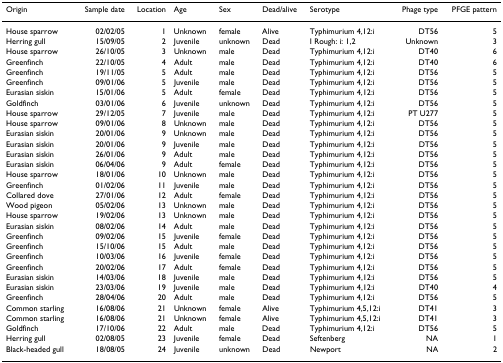
<table><thead><tr><td><b>Origin</b></td><td><b>Sample date</b></td><td><b>Location</b></td><td><b>Age</b></td><td><b>Sex</b></td><td><b>Dead/alive</b></td><td><b>Serotype</b></td><td><b>Phage type</b></td><td><b>PFGE pattern</b></td></tr></thead><tbody><tr><td>House sparrow</td><td>02/02/05</td><td>1</td><td>Unknown</td><td>female</td><td>Alive</td><td>Typhimurium 4,12:i</td><td>DT56</td><td>5</td></tr><tr><td>Herring gull</td><td>15/09/05</td><td>2</td><td>Juvenile</td><td>unknown</td><td>Dead</td><td>I Rough: i: 1,2</td><td>Unknown</td><td>3</td></tr><tr><td>House sparrow</td><td>26/10/05</td><td>3</td><td>Unknown</td><td>male</td><td>Dead</td><td>Typhimurium 4,12:i</td><td>DT40</td><td>6</td></tr><tr><td>Greenfinch</td><td>22/10/05</td><td>4</td><td>Adult</td><td>male</td><td>Dead</td><td>Typhimurium 4,12:i</td><td>DT40</td><td>6</td></tr><tr><td>Greenfinch</td><td>19/11/05</td><td>5</td><td>Adult</td><td>male</td><td>Dead</td><td>Typhimurium 4,12:i</td><td>DT56</td><td>5</td></tr><tr><td>Greenfinch</td><td>09/01/06</td><td>5</td><td>Juvenile</td><td>male</td><td>Dead</td><td>Typhimurium 4,12:i</td><td>DT56</td><td>5</td></tr><tr><td>Eurasian siskin</td><td>15/01/06</td><td>5</td><td>Adult</td><td>female</td><td>Dead</td><td>Typhimurium 4,12:i</td><td>DT56</td><td>5</td></tr><tr><td>Goldfinch</td><td>03/01/06</td><td>6</td><td>Juvenile</td><td>unknown</td><td>Dead</td><td>Typhimurium 4,12:i</td><td>DT56</td><td>5</td></tr><tr><td>House sparrow</td><td>29/12/05</td><td>7</td><td>Juvenile</td><td>male</td><td>Dead</td><td>Typhimurium 4,12:i</td><td>PT U277</td><td>5</td></tr><tr><td>House sparrow</td><td>09/01/06</td><td>8</td><td>Unknown</td><td>male</td><td>Dead</td><td>Typhimurium 4,12:i</td><td>DT56</td><td>5</td></tr><tr><td>Eurasian siskin</td><td>20/01/06</td><td>9</td><td>Unknown</td><td>male</td><td>Dead</td><td>Typhimurium 4,12:i</td><td>DT56</td><td>5</td></tr><tr><td>Eurasian siskin</td><td>20/01/06</td><td>9</td><td>Juvenile</td><td>male</td><td>Dead</td><td>Typhimurium 4,12:i</td><td>DT56</td><td>5</td></tr><tr><td>Eurasian siskin</td><td>26/01/06</td><td>9</td><td>Adult</td><td>male</td><td>Dead</td><td>Typhimurium 4,12:i</td><td>DT56</td><td>5</td></tr><tr><td>Eurasian siskin</td><td>06/04/06</td><td>9</td><td>Adult</td><td>female</td><td>Dead</td><td>Typhimurium 4,12:i</td><td>DT56</td><td>5</td></tr><tr><td>House sparrow</td><td>18/01/06</td><td>10</td><td>Unknown</td><td>male</td><td>Dead</td><td>Typhimurium 4,12:i</td><td>DT56</td><td>5</td></tr><tr><td>Greenfinch</td><td>01/02/06</td><td>11</td><td>Juvenile</td><td>male</td><td>Dead</td><td>Typhimurium 4,12:i</td><td>DT56</td><td>5</td></tr><tr><td>Collared dove</td><td>27/01/06</td><td>12</td><td>Adult</td><td>female</td><td>Dead</td><td>Typhimurium 4,12:i</td><td>DT56</td><td>5</td></tr><tr><td>Wood pigeon</td><td>05/02/06</td><td>13</td><td>Unknown</td><td>male</td><td>Dead</td><td>Typhimurium 4,12:i</td><td>DT56</td><td>5</td></tr><tr><td>House sparrow</td><td>19/02/06</td><td>13</td><td>Unknown</td><td>male</td><td>Dead</td><td>Typhimurium 4,12:i</td><td>DT56</td><td>5</td></tr><tr><td>Eurasian siskin</td><td>08/02/06</td><td>14</td><td>Adult</td><td>male</td><td>Dead</td><td>Typhimurium 4,12:i</td><td>DT56</td><td>5</td></tr><tr><td>Greenfinch</td><td>09/02/06</td><td>15</td><td>Juvenile</td><td>female</td><td>Dead</td><td>Typhimurium 4,12:i</td><td>DT56</td><td>5</td></tr><tr><td>Greenfinch</td><td>15/10/06</td><td>15</td><td>Adult</td><td>male</td><td>Dead</td><td>Typhimurium 4,12:i</td><td>DT56</td><td>5</td></tr><tr><td>Greenfinch</td><td>10/03/06</td><td>16</td><td>Juvenile</td><td>female</td><td>Dead</td><td>Typhimurium 4,12:i</td><td>DT56</td><td>5</td></tr><tr><td>Greenfinch</td><td>20/02/06</td><td>17</td><td>Adult</td><td>female</td><td>Dead</td><td>Typhimurium 4,12:i</td><td>DT56</td><td>5</td></tr><tr><td>Eurasian siskin</td><td>14/03/06</td><td>18</td><td>Juvenile</td><td>male</td><td>Dead</td><td>Typhimurium 4,12:i</td><td>DT56</td><td>5</td></tr><tr><td>Eurasian siskin</td><td>23/03/06</td><td>19</td><td>Juvenile</td><td>male</td><td>Dead</td><td>Typhimurium 4,12:i</td><td>DT40</td><td>4</td></tr><tr><td>Greenfinch</td><td>28/04/06</td><td>20</td><td>Adult</td><td>male</td><td>Dead</td><td>Typhimurium 4,12:i</td><td>DT56</td><td>5</td></tr><tr><td>Common starling</td><td>16/08/06</td><td>21</td><td>Unknown</td><td>female</td><td>Alive</td><td>Typhimurium 4,5,12:i</td><td>DT41</td><td>3</td></tr><tr><td>Common starling</td><td>16/08/06</td><td>21</td><td>Unknown</td><td>female</td><td>Alive</td><td>Typhimurium 4,5,12:i</td><td>DT41</td><td>3</td></tr><tr><td>Goldfinch</td><td>17/10/06</td><td>22</td><td>Adult</td><td>male</td><td>Dead</td><td>Typhimurium 4,12:i</td><td>DT56</td><td>5</td></tr><tr><td>Herring gull</td><td>02/08/05</td><td>23</td><td>Juvenile</td><td>female</td><td>Dead</td><td>Seftenberg</td><td>NA</td><td>1</td></tr><tr><td>Black-headed gull</td><td>18/08/05</td><td>24</td><td>Juvenile</td><td>unknown</td><td>Dead</td><td>Newport</td><td>NA</td><td>2</td></tr></tbody></table>